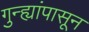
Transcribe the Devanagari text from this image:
गुन्ह्यांपासून